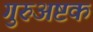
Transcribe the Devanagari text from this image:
गुरुअष्टक